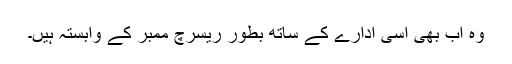
وہ اب بھی اسی ادارے کے ساتھ بطور ریسرچ ممبر کے وابستہ ہیں۔